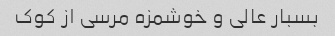
بسبار عالی و خوشمزه مرسی از کوک